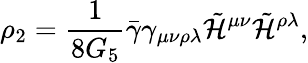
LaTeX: \rho_{2}=\frac{1}{8G_{5}}\bar{\gamma}\gamma_{\mu\nu\rho\lambda}\tilde{\cal H}^{\mu\nu}\tilde{\cal H}^{\rho\lambda},